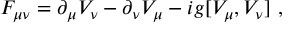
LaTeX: F _ { \mu \nu } = \partial _ { \mu } V _ { \nu } - \partial _ { \nu } V _ { \mu } - i g [ V _ { \mu } , V _ { \nu } ] \ ,